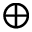
\oplus